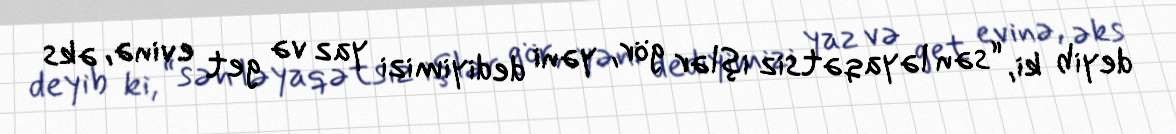
deyib ki, “sən ləyaqətsiz işlər gör, yəni dediyimizi yaz və get evinə, əks